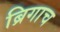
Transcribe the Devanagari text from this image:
ब्रिगाच